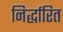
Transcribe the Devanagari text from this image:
निर्द्धारित